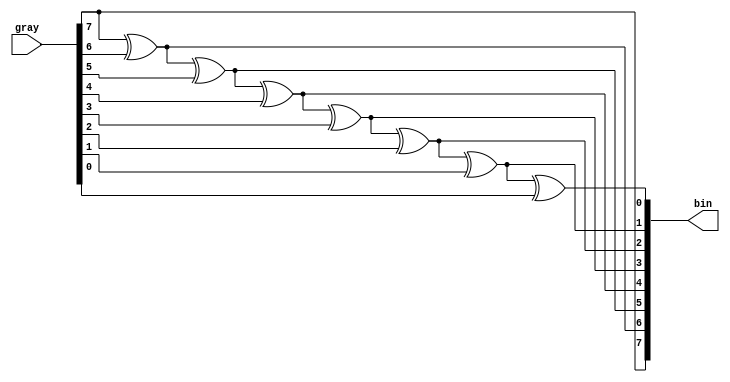
`timescale 1ns / 1ps
//////////////////////////////////////////////////////////////////////////////////
// Company: 
// Engineer: 
// 
// Design Name: 
// Module Name: gray_bin
// Project Name: 
// Target Devices: 
// Tool Versions: 
// Description: 
// 
// Dependencies: 
// 
// Revision:
// Revision 0.01 - File Created
// Additional Comments:
// 
//////////////////////////////////////////////////////////////////////////////////


module gray_bin#(
        parameter width = 8                             
)(
        input			[width-1:0]			gray		,
        output  reg     [width-1:0]         bin        
    );
    integer                            i                ;
    always@* begin
        bin[width-1] = gray[width-1];
        for(i = width - 2; i >= 0; i = i - 1)
            bin[i] = bin[i + 1] ^ gray[i]; 
    end
endmodule